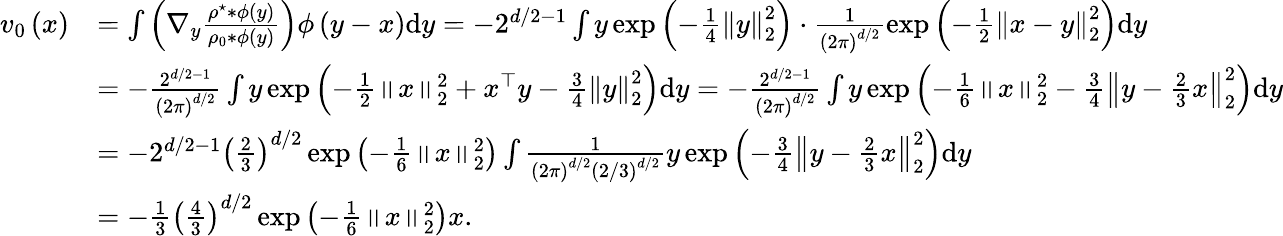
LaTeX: \begin{array}{rl}{v_{0}\left(x\right)}&{=\int\left(\nabla_{y}\frac{\rho^{\star}\ast\phi\left(y\right)}{\rho_{0}*\phi\left(y\right)}\right)\phi\left(y-x\right)\mathrm{d}y=-2^{d/2-1}\int y\exp\left(-\frac{1}{4}\left\Vert y\right\Vert_{2}^{2}\right)\cdot\frac{1}{\left(2\pi\right)^{d/2}}\exp\left(-\frac{1}{2}\left\Vert x-y\right\Vert_{2}^{2}\right)\mathrm{d}y}\\ &{=-\frac{2^{d/2-1}}{\left(2\pi\right)^{d/2}}\int y\exp\left(-\frac{1}{2}\left\Vert x\right\Vert_{2}^{2}+x^{\top}y-\frac{3}{4}\left\Vert y\right\Vert_{2}^{2}\right)\mathrm{d}y=-\frac{2^{d/2-1}}{\left(2\pi\right)^{d/2}}\int y\exp\left(-\frac{1}{6}\left\Vert x\right\Vert_{2}^{2}-\frac{3}{4}\left\Vert y-\frac{2}{3}x\right\Vert_{2}^{2}\right)\mathrm{d}y}\\ &{=-2^{d/2-1}\left(\frac{2}{3}\right)^{d/2}\exp\left(-\frac{1}{6}\left\Vert x\right\Vert_{2}^{2}\right)\int\frac{1}{\left(2\pi\right)^{d/2}\left(2/3\right)^{d/2}}y\exp\left(-\frac{3}{4}\left\Vert y-\frac{2}{3}x\right\Vert_{2}^{2}\right)\mathrm{d}y}\\ &{=-\frac{1}{3}\left(\frac{4}{3}\right)^{d/2}\exp\left(-\frac{1}{6}\left\Vert x\right\Vert_{2}^{2}\right)x.}\end{array}